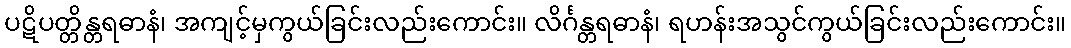
ပဋိပတ္တိန္တရဓာနံ၊ အကျင့်မှကွယ်ခြင်းလည်းကောင်း။ လိင်္ဂန္တရဓာနံ၊ ရဟန်းအသွင်ကွယ်ခြင်းလည်းကောင်း။